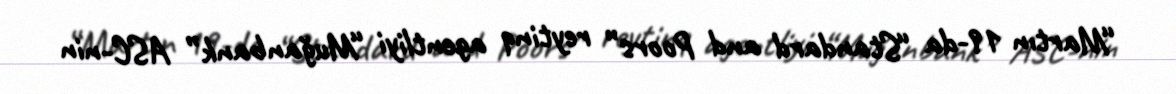
“Martın 19-da “Standard and Poors” reytinq agentliyi “Muğanbank” ASC-nin